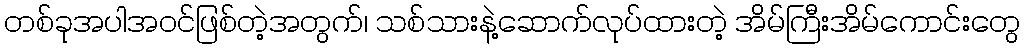
တစ်ခုအပါအဝင်ဖြစ်တဲ့အတွက်၊ သစ်သားနဲ့ဆောက်လုပ်ထားတဲ့ အိမ်ကြီးအိမ်ကောင်းတွေ